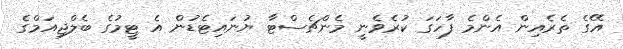
އޭގެ ތެރެއިން އެންމެ ފާހަގަ ކުރެވެނީ މެންޗެސްޓާ ޔުނައިޓެޑުން އެ ޓީމުގެ ބެލްޖިއަމްގެ